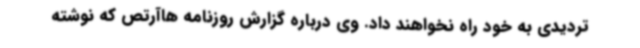
تردیدی به خود راه نخواهند داد. وی درباره گزارش روزنامه هاآرتص که نوشته